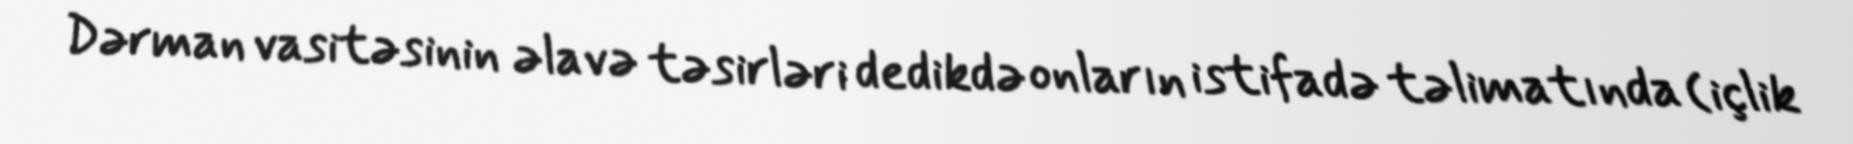
Dərman vasitəsinin əlavə təsirləri dedikdə onların istifadə təlimatında (içlik